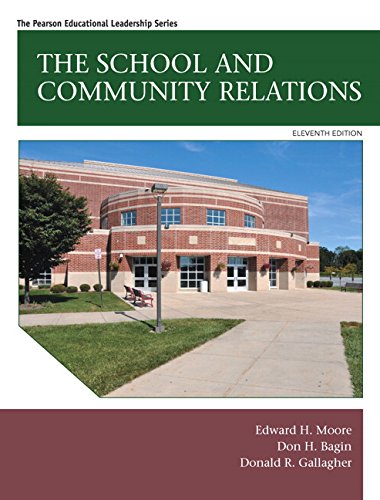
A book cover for The School and Community Relations (11th Edition); Edward H. Moore; Education & Teaching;